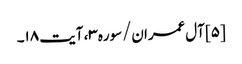
[۵] آل‌عمران/سوره۳، آیت ۱۸۔